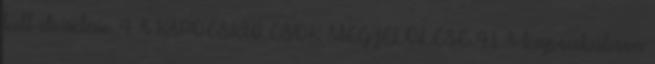
kell elviselnie. 4. A KAPOCSKULCSOK MEGJELÖLÉSE 4.1. A kapocskulcson